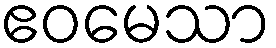
ဧဝမေသာ